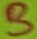
Text: A